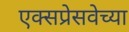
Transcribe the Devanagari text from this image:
एक्सप्रेसवेच्या